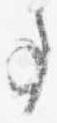
事